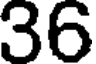
36